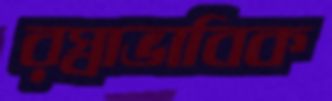
রস্বাভাবিক